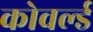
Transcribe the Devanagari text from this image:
कोवर्ल्ड